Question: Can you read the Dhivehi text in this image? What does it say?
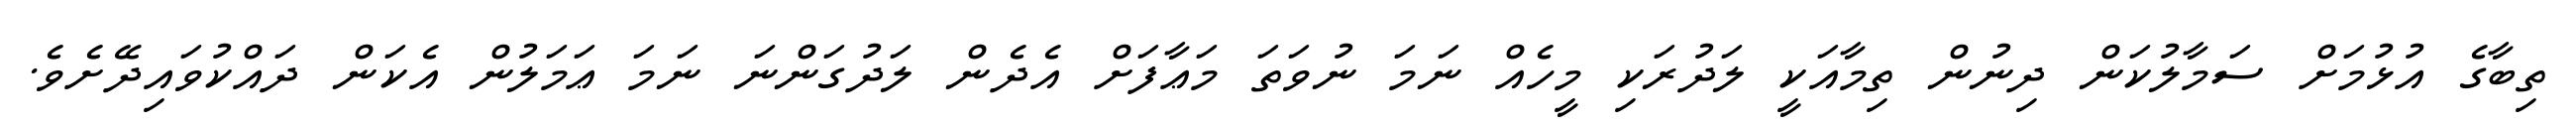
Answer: ތިބާގެ އުޅުމަށް ސަމާލުކަން ދިނުން ތިމާއަކީ ލަދުރަކި މީހެއް ނަމަ ނުވަތަ މަޢާފަށް އެދެން ލަދުގަންނަ ނަމަ ޢަމަލުން އެކަން ދައްކުވައިދޭށެވެ.